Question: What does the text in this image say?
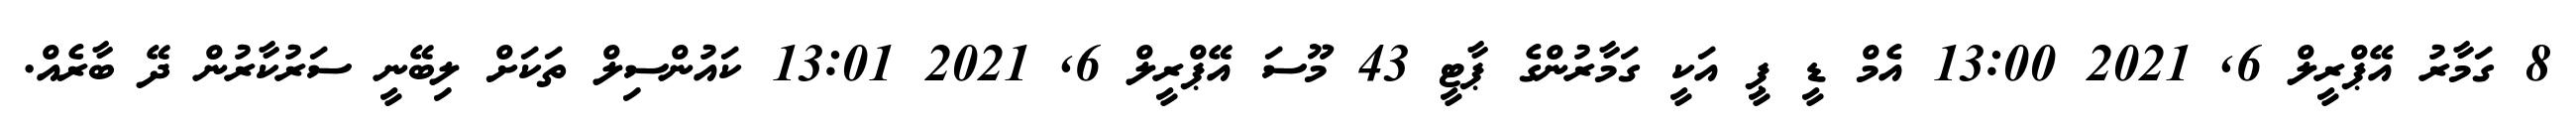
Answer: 8 ގަމާރު އޭޕްރީލް 6, 2021 13:00 އެމް ޑީ ޕީ އަކީ ގަމާރުންގެ ޕާޓީ 43 މޫސަ އޭޕްރީލް 6, 2021 13:01 ކައުންސިލް ތަކަށް ލިބޭނީ ސަރުކާރުން ދޭ ބާރެއް.